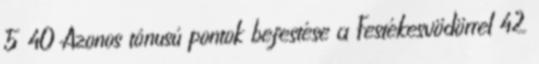
5 40 Azonos tónusú pontok befestése a Festékesvödörrel 42